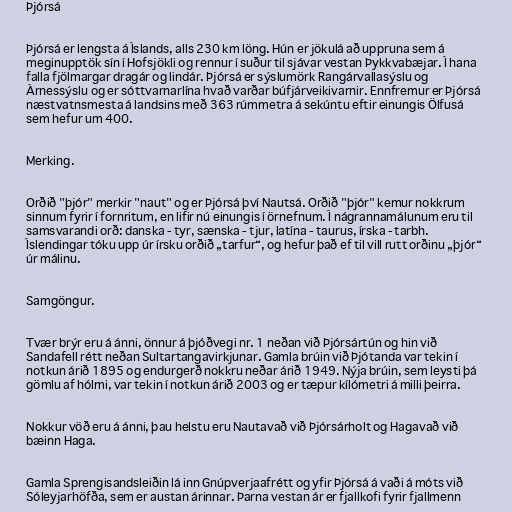
Þjórsá

Þjórsá er lengsta á Íslands, alls 230 km löng. Hún er jökulá að uppruna sem á
meginupptök sín í Hofsjökli og rennur í suður til sjávar vestan Þykkvabæjar. Í hana
falla fjölmargar dragár og lindár. Þjórsá er sýslumörk Rangárvallasýslu og
Árnessýslu og er sóttvarnarlína hvað varðar búfjárveikivarnir. Ennfremur er Þjórsá
næstvatnsmesta á landsins með 363 rúmmetra á sekúntu eftir einungis Ölfusá
sem hefur um 400.

Merking.

Orðið "þjór" merkir "naut" og er Þjórsá því Nautsá. Orðið "þjór" kemur nokkrum
sinnum fyrir í fornritum, en lifir nú einungis í örnefnum. Í nágrannamálunum eru til
samsvarandi orð: danska - tyr, sænska - tjur, latína - taurus, írska - tarbh.
Íslendingar tóku upp úr írsku orðið „tarfur“, og hefur það ef til vill rutt orðinu „þjór“
úr málinu.

Samgöngur.

Tvær brýr eru á ánni, önnur á þjóðvegi nr. 1 neðan við Þjórsártún og hin við
Sandafell rétt neðan Sultartangavirkjunar. Gamla brúin við Þjótanda var tekin í
notkun árið 1895 og endurgerð nokkru neðar árið 1949. Nýja brúin, sem leysti þá
gömlu af hólmi, var tekin í notkun árið 2003 og er tæpur kílómetri á milli þeirra.

Nokkur vöð eru á ánni, þau helstu eru Nautavað við Þjórsárholt og Hagavað við
bæinn Haga.

Gamla Sprengisandsleiðin lá inn Gnúpverjaafrétt og yfir Þjórsá á vaði á móts við
Sóleyjarhöfða, sem er austan árinnar. Þarna vestan ár er fjallkofi fyrir fjallmenn